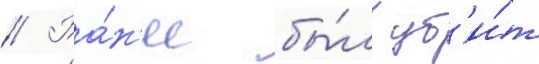
// Ра́н'ее бы́л уб'и́т